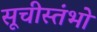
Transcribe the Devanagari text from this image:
सूचीस्तंभो